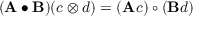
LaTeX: ( \mathbf { A } \bullet \mathbf { B } ) ( c \otimes d ) = ( \mathbf { A } c ) \circ ( \mathbf { B } d )